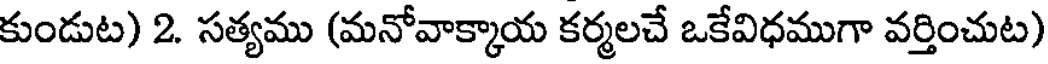
కుండుట) 2. సత్యము (మనోవాక్కాయ కర్మలచే ఒకేవిధముగా వర్తించుట)